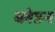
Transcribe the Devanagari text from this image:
ब्लेडन